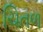
ચિતળ